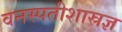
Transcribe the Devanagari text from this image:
वनस्पतीशास्रज्ञ